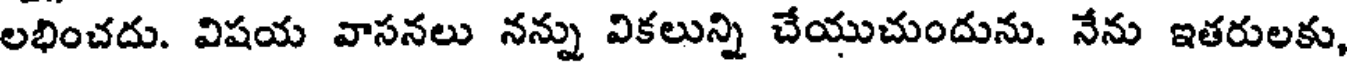
లభించదు. విషయ వాసనలు నన్ను వికలున్ని చేయుచుందును. నేను ఇతరులకు,